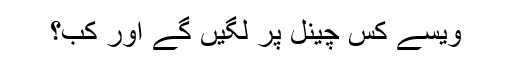
ویسے کس چینل پر لگیں گے اور کب؟